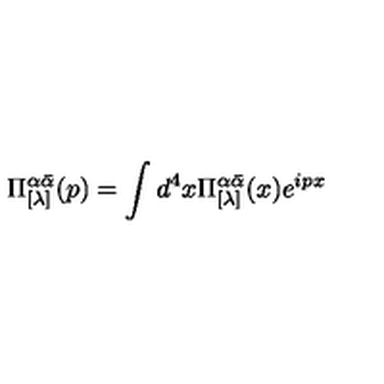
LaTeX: \Pi _ { [ \lambda ] } ^ { \alpha \bar { \alpha } } ( p ) = \int d ^ { 4 } x \Pi _ { [ \lambda ] } ^ { \alpha \bar { \alpha } } ( x ) e ^ { i p x }